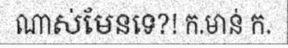
ណាស់មែនទេ?! ក.មាន់ ក.